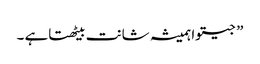
” جیتوا ہمیشہ شانت بیٹھتاہے ۔